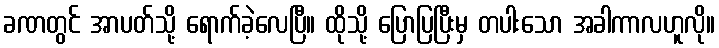
ခဏတွင် အာပတ်သို့ ရောက်ခဲ့လေပြီ။ ထိုသို့ ပြောပြပြီးမှ တပါးသော အခါကာလဟူလို။